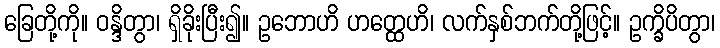
ခြေတို့ကို။ ဝန္ဒိတွာ၊ ရှိခိုးပြီး၍။ ဥဘောဟိ ဟတ္ထေဟိ၊ လက်နှစ်ဘက်တို့ဖြင့်။ ဥက္ခိပိတွာ၊